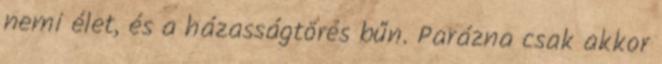
nemi élet, és a házasságtörés bűn. Parázna csak akkor